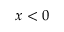
x < 0